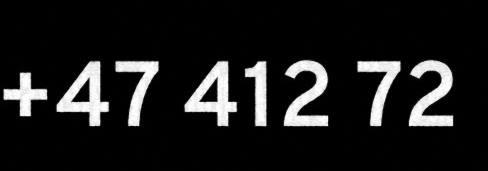
+47 412 72